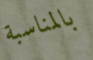
بالمناسبة